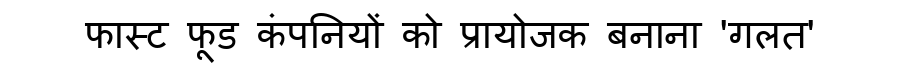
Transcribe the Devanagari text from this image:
फास्ट फूड कंपनियों को प्रायोजक बनाना 'गलत'